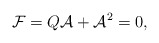
\begin{align*}{\cal F}=Q{\cal A}+{\cal A}^2=0, \end{align*}